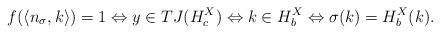
LaTeX: \begin{align*}f(\langle n_\sigma, k \rangle) = 1 \Leftrightarrow y \in TJ(H_c^X) \Leftrightarrow k \in H_b^X \Leftrightarrow \sigma(k) = H_b^X(k).\end{align*}